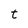
Character: t